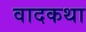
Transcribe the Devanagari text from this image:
वादकथा